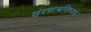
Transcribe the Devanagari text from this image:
छंदशास्त्रविषयक